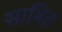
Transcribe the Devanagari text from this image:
साभित